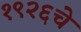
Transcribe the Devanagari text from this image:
१९२६चे